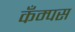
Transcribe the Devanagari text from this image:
कँम्पस